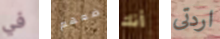
في ضعهم أنك اردتى